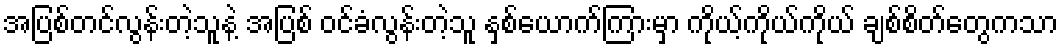
အပြစ်တင်လွန်းတဲ့သူနဲ့ အပြစ် ဝင်ခံလွန်းတဲ့သူ နှစ်ယောက်ကြားမှာ ကိုယ့်ကိုယ်ကိုယ် ချစ်စိတ်တွေကသာ